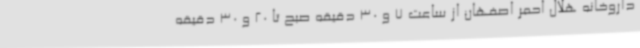
داروخانه هلال احمر اصفهان از ساعت 7 و 30 دقیقه صبح تا 20 و 30 دقیقه